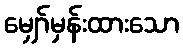
မျှော်မှန်းထားသော